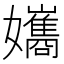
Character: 孈